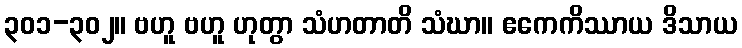
၃၀၁-၃၀၂။ ဗဟူ ဗဟူ ဟုတွာ သံဟတာတိ သံဃာ။ ဧကေကိဿာယ ဒိသာယ